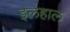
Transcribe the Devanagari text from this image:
इलहाल